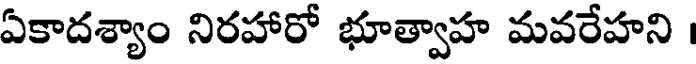
ఏకాదశ్యాం నిరహారో భూత్వాహ మవరేహని